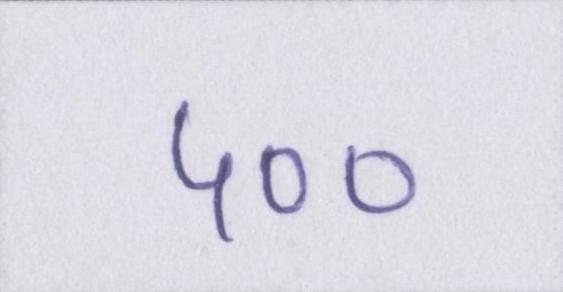
५००